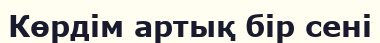
Көрдім артық бір сені